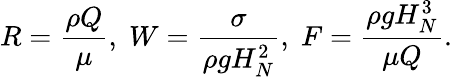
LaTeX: R=\frac{\rho Q}{\mu},\; W=\frac{\sigma}{\rho gH_{N}^{2}},\; F=\frac{\rho gH_{N}^{3}}{\mu Q}.